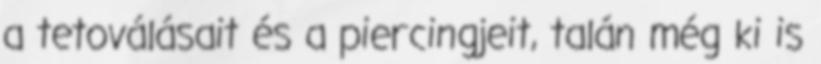
a tetoválásait és a piercingjeit, talán még ki is